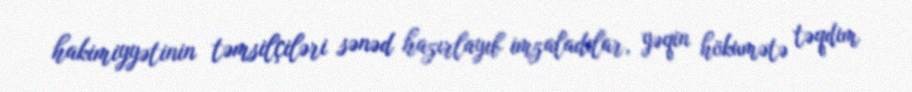
hakimiyyətinin təmsilçiləri sənəd hazırlayıb imzaladılar, yəqin hökumətə təqdim